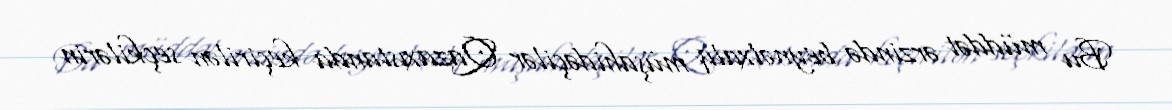
Bu müddət ərzində beynəlxalq müşahidəçilər Qazaxıstanda keçirilən seçkilərin